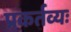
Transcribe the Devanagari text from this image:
प्रकर्तव्यः